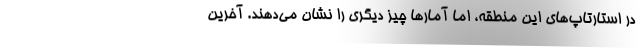
در استارتاپ‌های این منطقه، اما آمارها چیز دیگری را نشان می‌دهند. آخرین